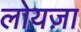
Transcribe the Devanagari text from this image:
लोयज़ा